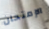
الإمتحان